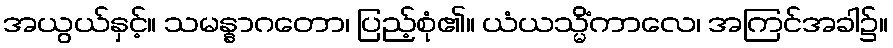
အယွယ်နှင့်။ သမန္နာဂတော၊ ပြည့်စုံ၏။ ယံယသ္မိံကာလေ၊ အကြင်အခါ၌။